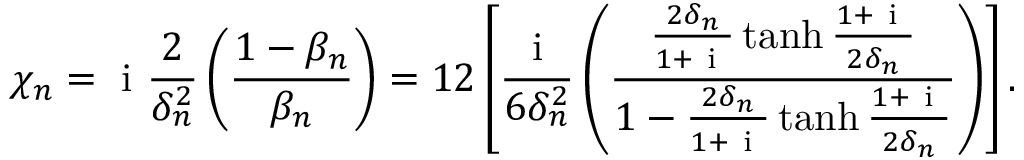
\chi _ { n } = \mathrm { ~ i ~ } \frac { 2 } { \delta _ { n } ^ { 2 } } \left( \frac { 1 - \beta _ { n } } { \beta _ { n } } \right) = 1 2 \left[ \frac { \mathrm { ~ i ~ } } { 6 \delta _ { n } ^ { 2 } } \left( \frac { \frac { 2 \delta _ { n } } { 1 + \mathrm { ~ i ~ } } \operatorname { t a n h } { \frac { 1 + \mathrm { ~ i ~ } } { 2 \delta _ { n } } } } { 1 - \frac { 2 \delta _ { n } } { 1 + \mathrm { ~ i ~ } } \operatorname { t a n h } { \frac { 1 + \mathrm { ~ i ~ } } { 2 \delta _ { n } } } } \right) \right] .